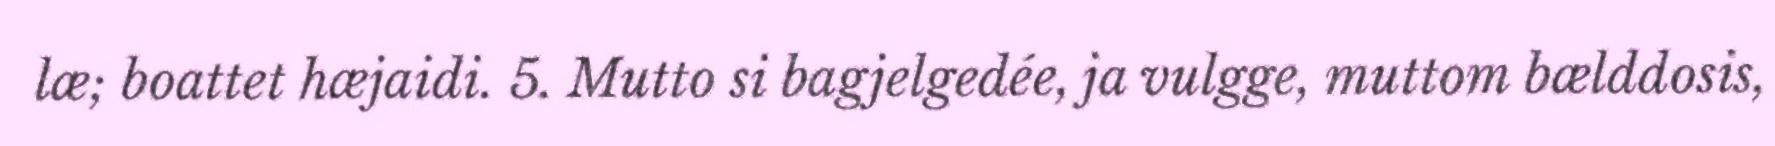
læ; boattet hæjaidi. 5. Mutto si bagjelgedée, ja vulgge, muttom bælddosis,